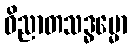
ဝိညာတသဒ္ဓမ္မော